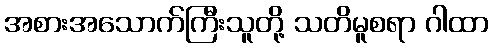
အစားအသောက်ကြီးသူတို့ သတိမူစရာ ဂါထာ